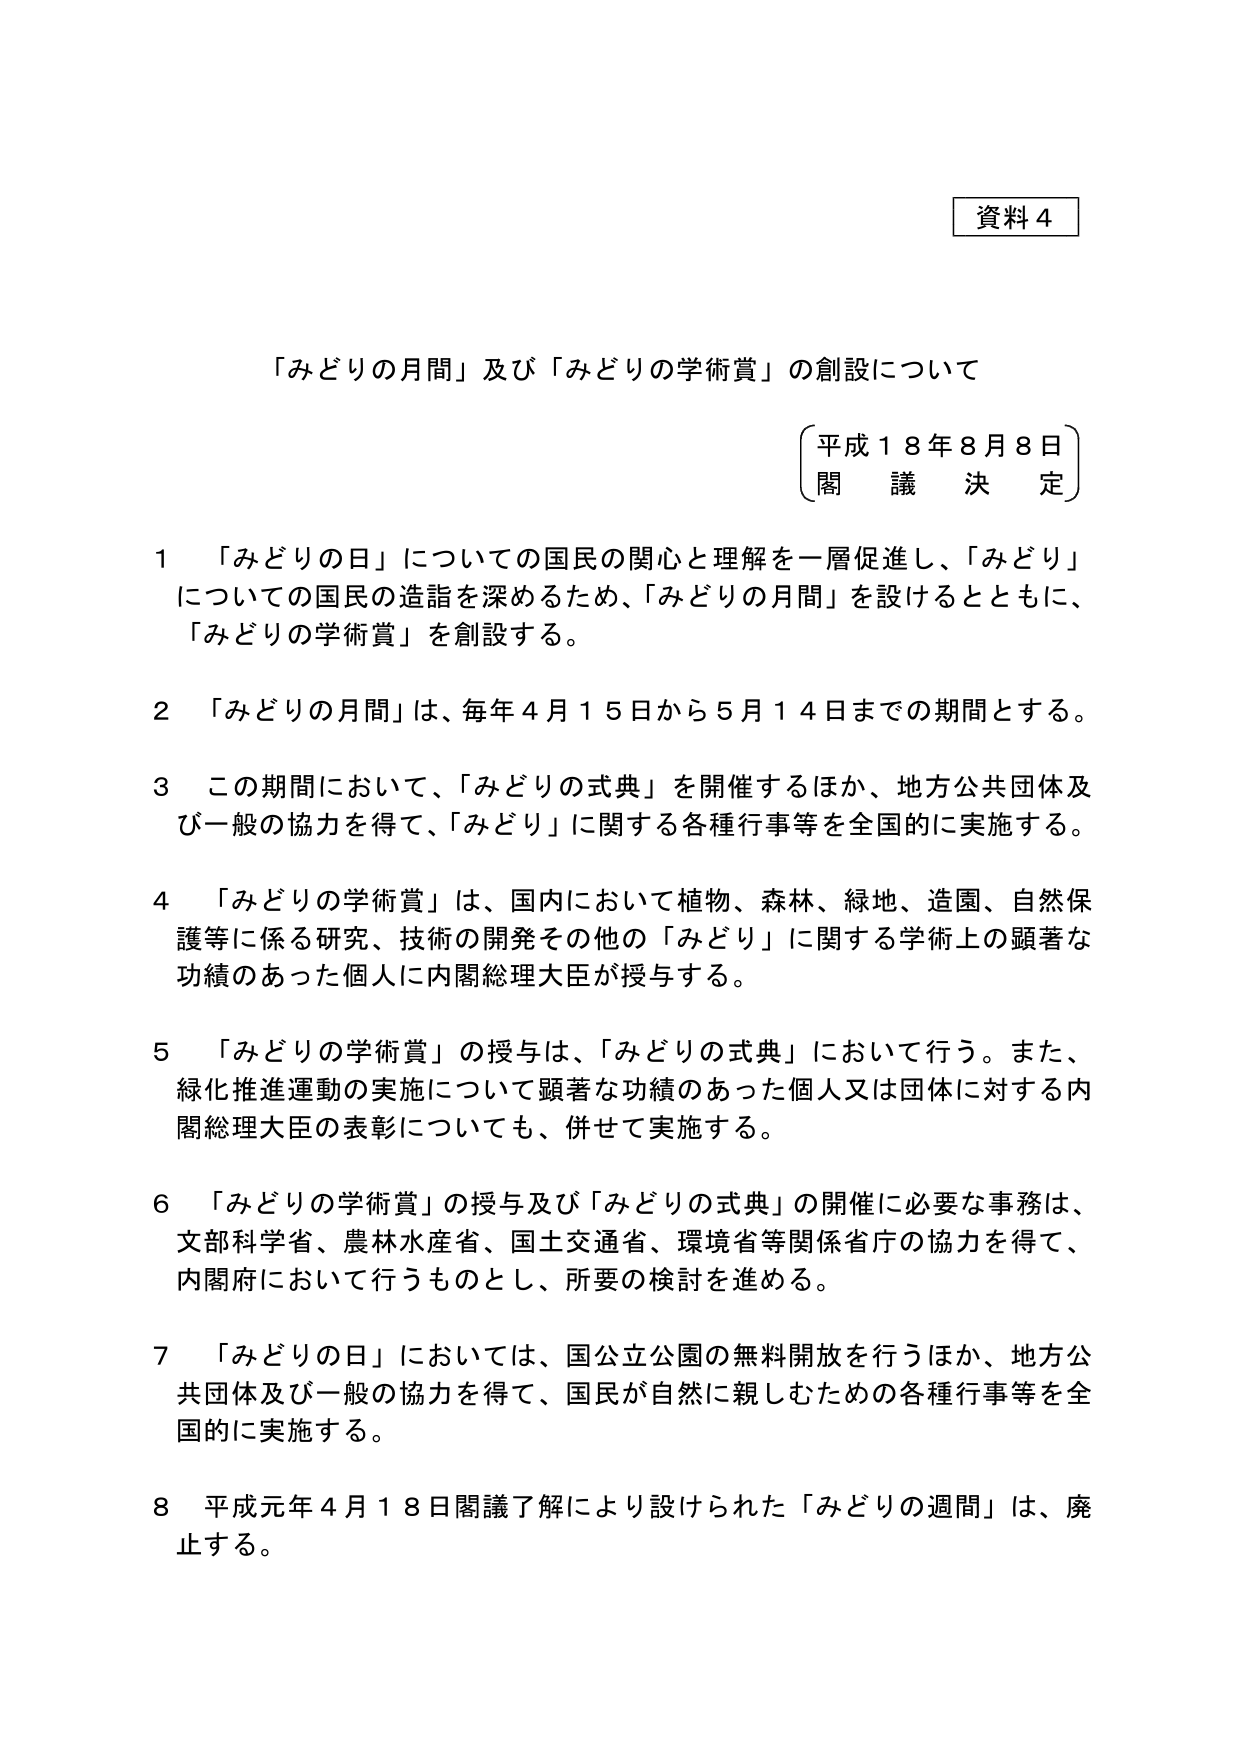
資料４

「みどりの月間」及び「みどりの学術賞」の創設について

（平成１８年８月８日）
（閣議決定）

１　「みどりの日」についての国民の関心と理解を一層促進し、「みどり」についての国民の造詣を深めるため、「みどりの月間」を設けるとともに、「みどりの学術賞」を創設する。

２　「みどりの月間」は、毎年４月１５日から５月１４日までの期間とする。

３　この期間において、「みどりの式典」を開催するほか、地方公共団体及び一般の協力を得て、「みどり」に関する各種行事等を全国的に実施する。

４　「みどりの学術賞」は、国内において植物、森林、緑地、造園、自然保護等に係る研究、技術の開発その他の「みどり」に関する学術上の顕著な功績のあった個人に内閣総理大臣が授与する。

５　「みどりの学術賞」の授与は、「みどりの式典」において行う。また、緑化推進運動の実施について顕著な功績のあった個人又は団体に対する内閣総理大臣の表彰についても、併せて実施する。

６　「みどりの学術賞」の授与及び「みどりの式典」の開催に必要な事務は、文部科学省、農林水産省、国土交通省、環境省等関係省庁の協力を得て、内閣府において行うものとし、所要の検討を進める。

７　「みどりの日」においては、国公立公園の無料開放を行うほか、地方公共団体及び一般の協力を得て、国民が自然に親しむための各種行事等を全国的に実施する。

８　平成元年４月１８日閣議了解により設けられた「みどりの週間」は、廃止する。